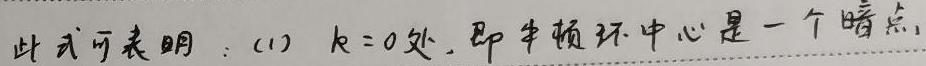
此式可表明：(1) $k = 0$ 处，即牛顿环中心是一个暗点。